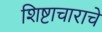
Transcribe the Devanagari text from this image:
शिष्टाचाराचे